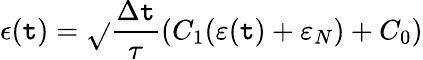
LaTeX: \epsilon(\mathtt{t})=\sqrt{}{{\frac{{\Delta\mathtt{t}}}{{\tau}}}}(C_{1}(\varepsilon(\mathtt{t})+\varepsilon_{N})+C_{0})